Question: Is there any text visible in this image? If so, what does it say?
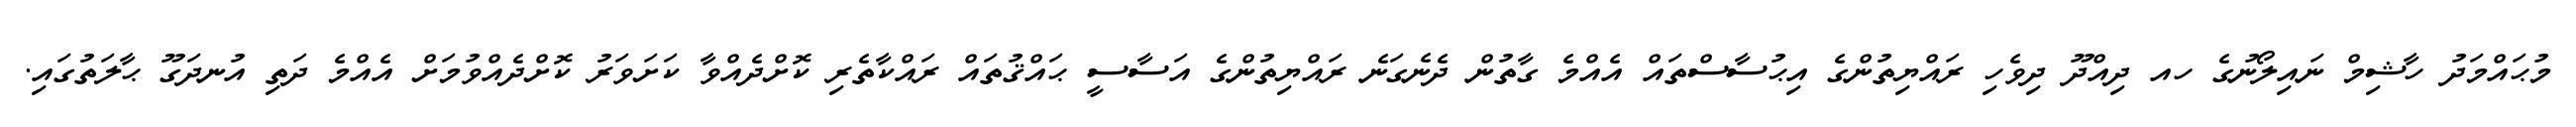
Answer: މުޙައްމަދު ހާޝިމް ނައިލޯނުގެ ހއ ދިއްދޫ ދިވެހި ރައްޔިތުންގެ އިޙުސާސްތައް އެއްމެ ގާތުން ދެނެގަނެ ރައްޔިތުންގެ އަސާސީ ޙައްޤުތައް ރައްކާތެރި ކޮށްދެއްވާ ކަށަވަރު ކޮށްދެއްވުމަށް އެއްމެ ދަތި އުނދަގޫ ޙާލަތުގައި.